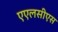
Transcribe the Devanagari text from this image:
एएलसीएस